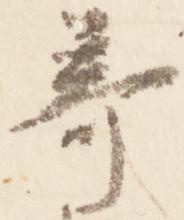
奇